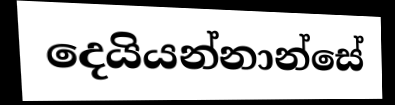
දෙයියන්නාන්සේ